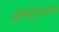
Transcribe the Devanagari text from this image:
ऑक्यूपेशनल